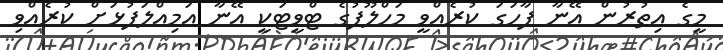
މީގެ އިތުރުން އޭނާ ފާހަގަ ކުރެއްވީ މަހްލޫފުގެ ޓްވީޓަކީ އޭނާ އަމިއްލަފުޅަށް ކުރެއްވި